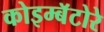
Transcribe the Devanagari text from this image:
कोइम्बॅटोरे